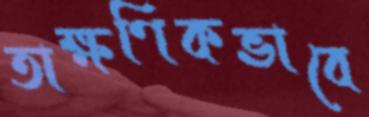
তাক্ষণিকভাবে